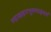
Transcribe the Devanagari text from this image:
रुद्राक्षहारभूषणाढ़यमं